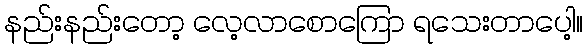
နည်းနည်းတော့ လေ့လာစောကြော ရသေးတာပေါ့။